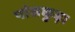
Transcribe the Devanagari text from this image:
पांसकुड़ा